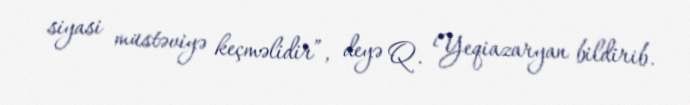
siyasi müstəviyə keçməlidir”, deyə Q. Yeqiazaryan bildirib.